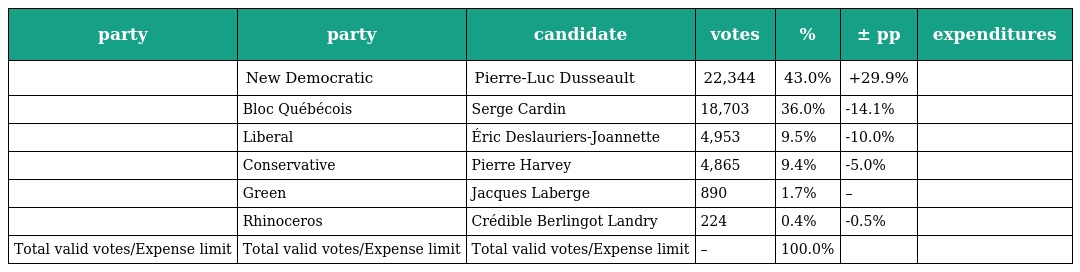
| party | party | candidate | votes | % | ± pp | expenditures |
 | --- | --- | --- | --- | --- | --- | --- |
 |  | New Democratic | Pierre-Luc Dusseault | 22,344 | 43.0% | +29.9% |  |
 |  | Bloc Québécois | Serge Cardin | 18,703 | 36.0% | -14.1% |  |
 |  | Liberal | Éric Deslauriers-Joannette | 4,953 | 9.5% | -10.0% |  |
 |  | Conservative | Pierre Harvey | 4,865 | 9.4% | -5.0% |  |
 |  | Green | Jacques Laberge | 890 | 1.7% | – |  |
 |  | Rhinoceros | Crédible Berlingot Landry | 224 | 0.4% | -0.5% |  |
 | Total valid votes/Expense limit | Total valid votes/Expense limit | Total valid votes/Expense limit | – | 100.0% |  |  |